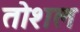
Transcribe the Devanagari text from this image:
तोशल